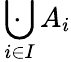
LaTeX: \ \cdot\! \! \! \! \! \bigcup_{i\in I}A_{i}